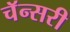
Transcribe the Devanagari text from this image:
चॅन्सरी